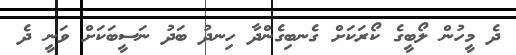
ދެ މީހުން ލޯބީގެ ކޯރަކަށް ގެނބިގެންދާ ހިނދު ބަދު ނަސީބަކަށް ވަނީ ދެ